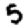
Digit: 5